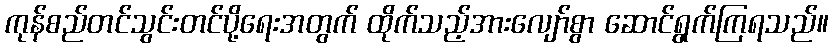
ကုန်စည်တင်သွင်းတင်ပို့ရေးအတွက် ထိုက်သည့်အားလျော်စွာ ဆောင်ရွက်ကြရသည်။